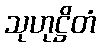
သုဟုဋ္ဌိတံ